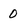
Character: 0